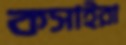
কসাইরা